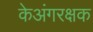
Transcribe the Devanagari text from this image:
केअंगरक्षक